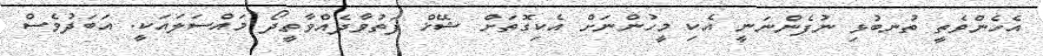
އެހެންވެތީ ތުނބުޅި ނުފެންނަނީ އެކި މީހުންނަށް އެކިގޮތަށް ޝޭޚް ފަތުވާދެއްވާތީދޯ މައްސަލައަކީ. އަބަދުވެސް